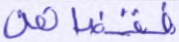
فقضاهن